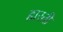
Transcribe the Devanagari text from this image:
हारती